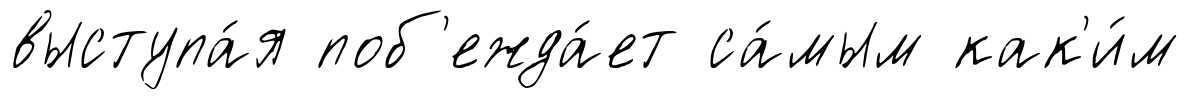
выступа́я поб'ежда́ет са́мым как'и́м